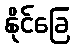
နိုင်ခြေ